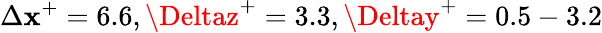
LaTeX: \Delta\mathbf{x}^{+}=6.6,\Deltaz^{+}=3.3,\Deltay^{+}=0.5-3.2